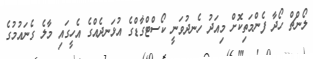
ލޯންޗް ހޯދާ ފެންމަތިކޮށް މިއަދު ހެނދުވަނީ ކޯސްޓްގާޑްގެ އުޅަނދެއްގެ އެހީގައި މާލެ ގެނައުމުގެ